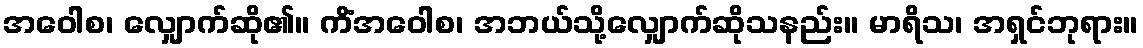
အဝေါစ၊ လျှောက်ဆို၏။ ကိံအဝေါစ၊ အဘယ်သို့လျှောက်ဆိုသနည်း။ မာရိသ၊ အရှင်ဘုရား။